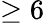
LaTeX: \geq 6